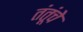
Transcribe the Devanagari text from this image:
तंतूंचे